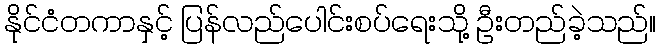
နိုင်ငံတကာနှင့် ပြန်လည်ပေါင်းစပ်ရေးသို့ ဦးတည်ခဲ့သည်။